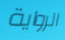
الرواية